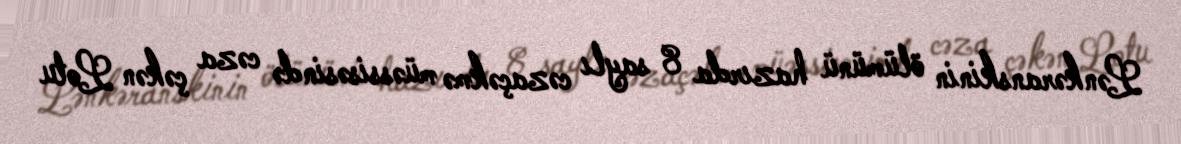
Lənkəranskinin ölümünü hazırda 8 saylı cəzaçəkmə müəssisəsində cəza çəkən Lotu